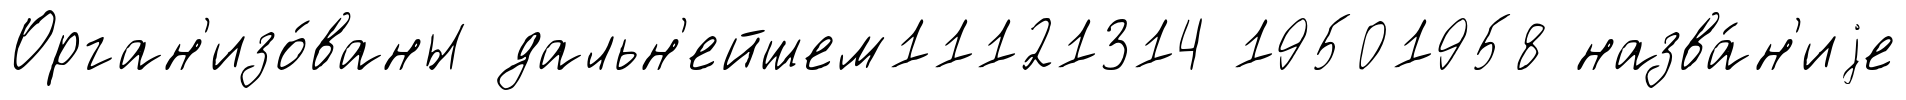
Орган'изо́ваны дальн'ейшем11121314 19501958 назва́н'иjе